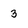
Character: 3